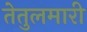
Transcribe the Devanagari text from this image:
तेतुलमारी